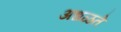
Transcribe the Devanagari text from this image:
अधळते